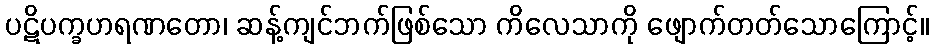
ပဋိပက္ခဟရဏတော၊ ဆန့်ကျင်ဘက်ဖြစ်သော ကိလေသာကို ဖျောက်တတ်သောကြောင့်။